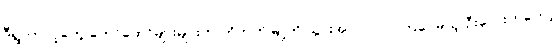
ဒီရွာကလူတွေ တော်တော်များများက ဟိုဘက်မြို့ကို သွားအလုပ်လုပ်ကြပေမယ့် ဦးလေးကတော့